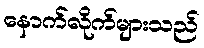
နောက်လိုက်များသည်